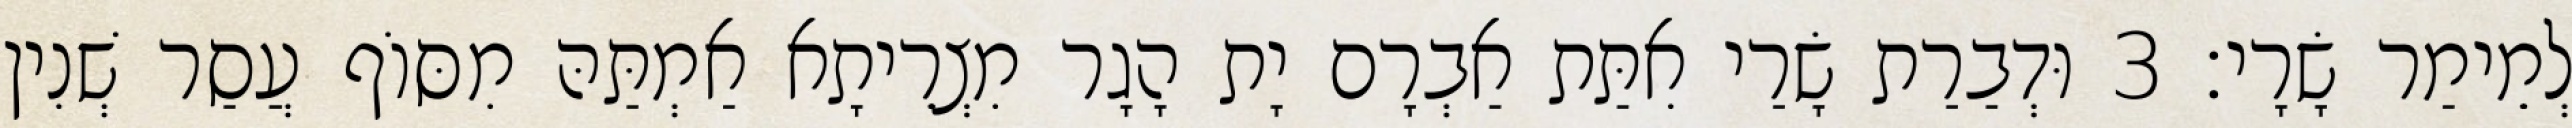
לְמֵימַר שָׂרָי׃ 3 וּדְבַרַת שָׂרַי אִתַּת אַבְרָם יָת הָגָר מִצְרֵיתָא אַמְתַּהּ מִסּוֹף עֲסַר שְׁנִין